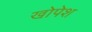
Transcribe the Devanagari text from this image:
खोपेश